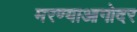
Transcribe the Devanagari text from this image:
मरण्याआगोदर